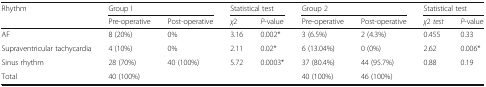
<table><thead><tr><td rowspan="2"><b>Rhythm</b></td><td colspan="2"><b>Group I</b></td><td colspan="2"><b>Statistical test</b></td><td colspan="2"><b>Group 2</b></td><td colspan="2"><b>Statistical test</b></td></tr><tr><td><b>Pre-operative</b></td><td><b>Post-operative</b></td><td><b><i>χ</i>2</b></td><td><b><i>P</i>-value</b></td><td><b>Pre-operative</b></td><td><b>Post-operative</b></td><td><b><i>χ</i>2 <i>test</i></b></td><td><b><i>P</i>-value</b></td></tr></thead><tbody><tr><td>AF</td><td>8 (20%)</td><td>0%</td><td>3.16</td><td>0.002*</td><td>3 (6.5%)</td><td>2 (4.3%)</td><td>0.455</td><td>0.33</td></tr><tr><td>Supraventricular tachycardia</td><td>4 (10%)</td><td>0%</td><td>2.11</td><td>0.02*</td><td>6 (13.04%)</td><td>0 (0%)</td><td>2.62</td><td>0.006*</td></tr><tr><td>Sinus rhythm</td><td>28 (70%)</td><td>40 (100%)</td><td>5.72</td><td>0.0003*</td><td>37 (80.4%)</td><td>44 (95.7%)</td><td>0.88</td><td>0.19</td></tr><tr><td>Total</td><td>40 (100%)</td><td></td><td colspan="2"></td><td>40 (100%)</td><td>46 (100%)</td><td colspan="2"></td></tr></tbody></table>